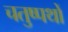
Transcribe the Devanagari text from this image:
चतुष्पथों